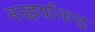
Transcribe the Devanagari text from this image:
नरहर्यानन्द